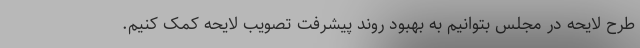
طرح لایحه در مجلس بتوانیم به بهبود روند پیشرفت تصویب لایحه کمک کنیم.